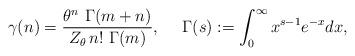
LaTeX: \begin{align*} \gamma(n)= \frac{\theta^n\,\, \Gamma(m+n)}{Z_\theta\, n!\,\, \Gamma(m)},\quad~ \Gamma(s):= \int_0 ^{\infty} x^{s-1} e^{-x} dx,\end{align*}